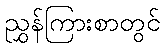
ညွှန်ကြားစာတွင်